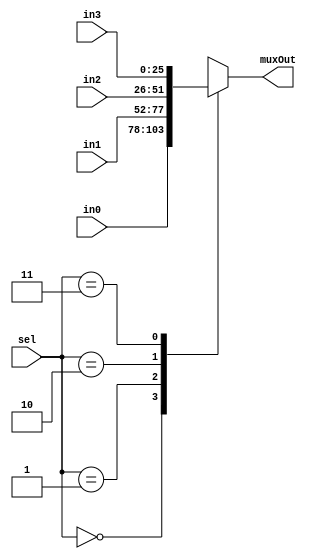
module mux4to1_26bits(input [25:0] in0, input [25:0] in1, input [25:0] in2, input [25:0] in3, input [1:0] sel, output reg [25:0] muxOut);

	always @ (in0, in1, in2, in3, sel)
	  begin
		  case (sel)
			  2'b00: muxOut = in0;
			  2'b01: muxOut = in1;
			  2'b10: muxOut = in2;
			  2'b11: muxOut = in3;
		  endcase
	  end

endmodule